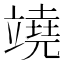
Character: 𥪯